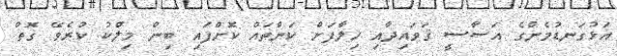
އަޅުގަނޑުމެންގެ އަސާސީ ޤަވައިދާއި ހިލާފަށް ކަންތައް ކޮށްފައި ބިން މިލްކު ކުރެވޭ ގޮތް